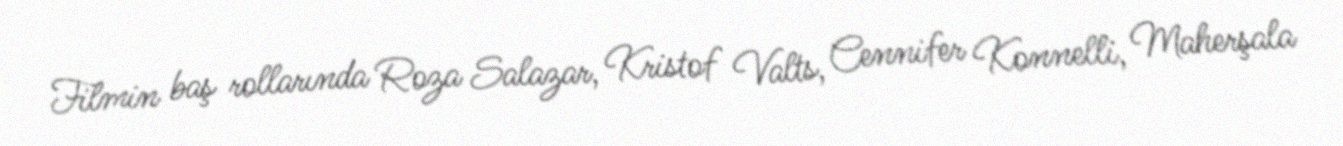
Filmin baş rollarında Roza Salazar, Kristof Valts, Cennifer Konnelli, Maherşala